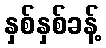
နှစ်နှစ်ခန့်